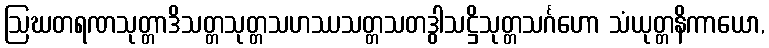
ဩဃတရဏသုတ္တာဒိသတ္တသုတ္တသဟဿသတ္တသတဒွါသဋ္ဌိသုတ္တသင်္ဂဟော သံယုတ္တနိကာယော,